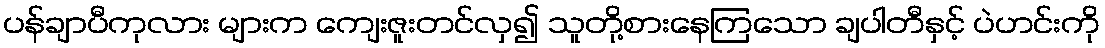
ပန်ချာပီကုလား များက ကျေးဇူးတင်လှ၍ သူတို့စားနေကြသော ချပါတီနှင့် ပဲဟင်းကို